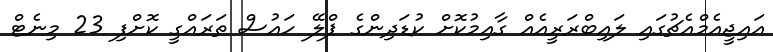
އައިޖީއެމްއެޗުގައި ލައިބްރަރީއެއް ގާއިމުކޮށް ކުޑަދިންގެ ޕްލޭ ހައުސް ތަރައްގީ ކޮށްފި 23 މިނެޓް